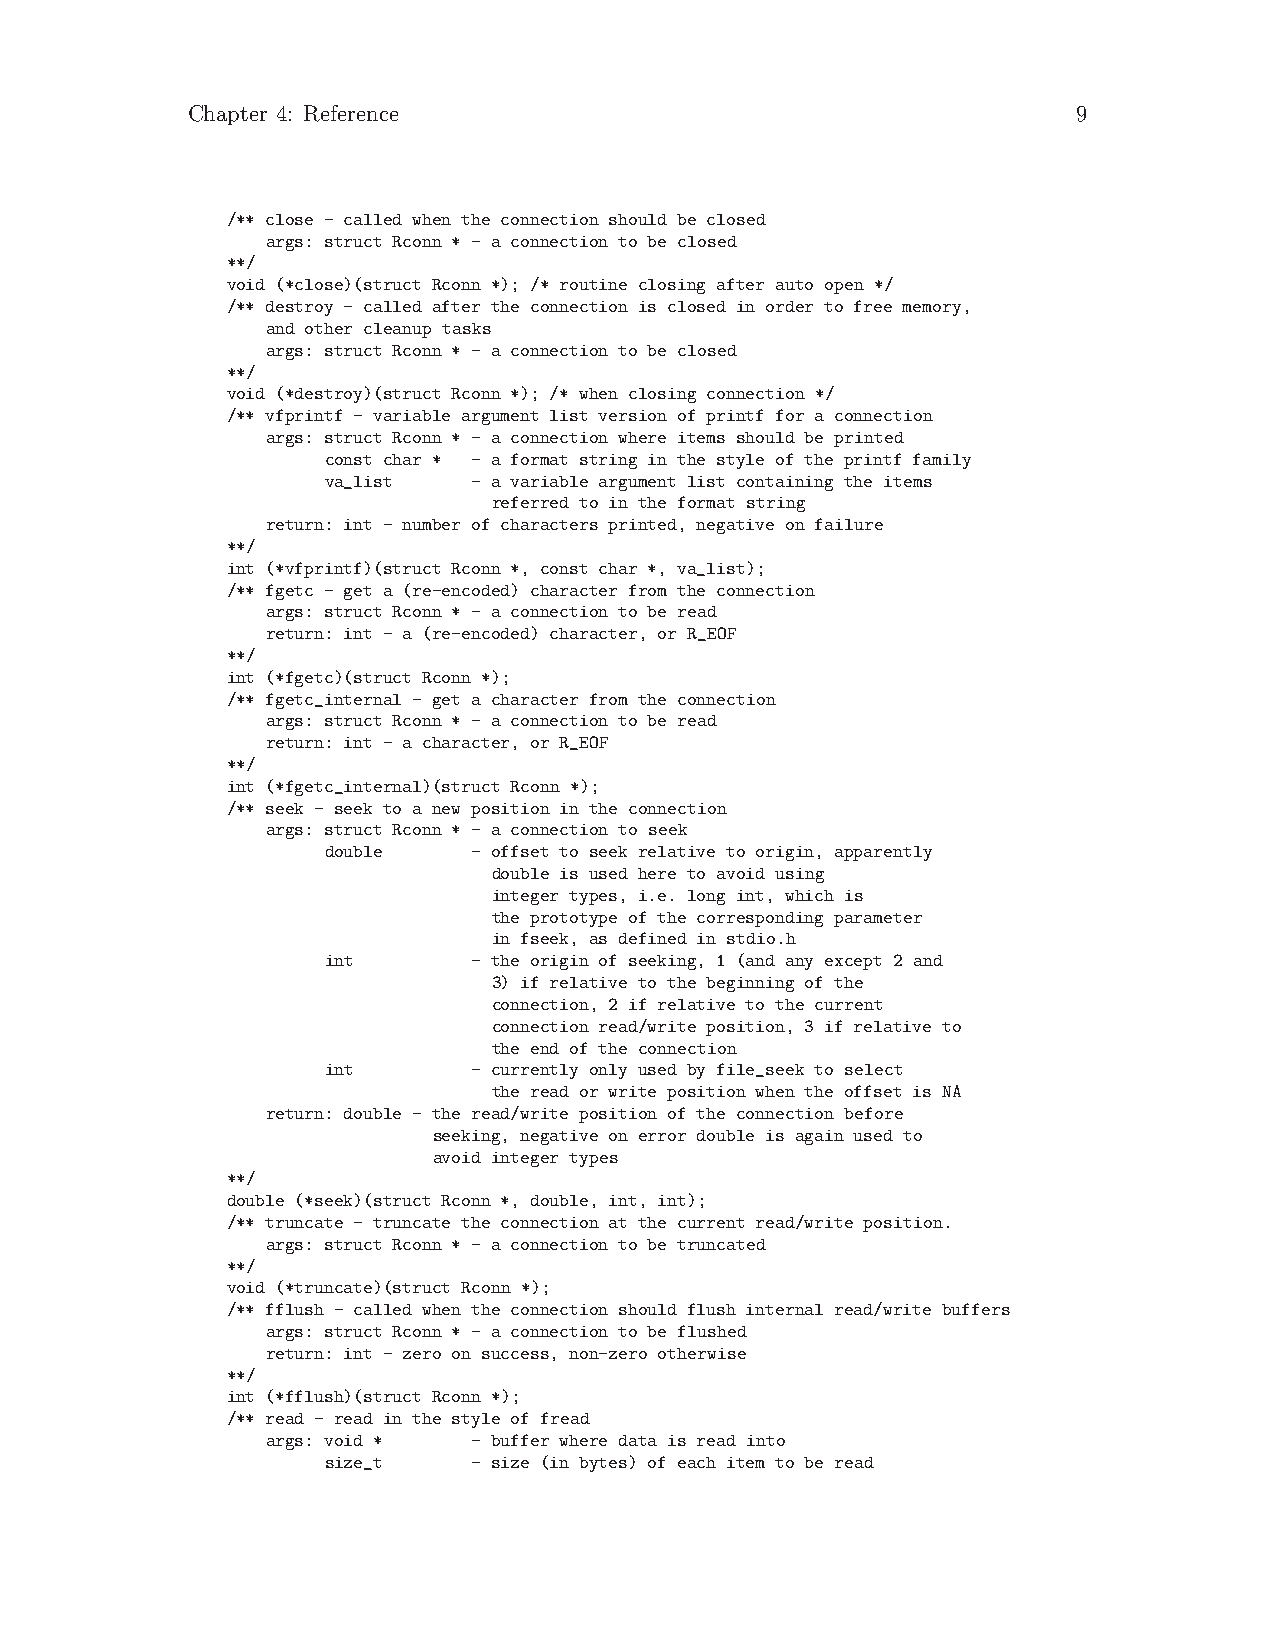
Chapter 4: Reference                                       9
 /** close - called when the connection should be closed
 args: struct Rconn * - a connection to be closed
 **/
 void (*close)(struct Rconn *); /* routine closing after auto open */
 /** destroy - called after the connection is closed in order to free memory,
 and other cleanup tasks
 args: struct Rconn * - a connection to be closed
 **/
 void (*destroy)(struct Rconn *); /* when closing connection */
 /** vfprintf - variable argument list version of printf for a connection
 args: struct Rconn * - a connection where items should be printed
 const char * - a format string in the style of the printf family
 va_list  - a variable argument list containing the items
 referred to in the format string
 return: int - number of characters printed, negative on failure
 **/
 int (*vfprintf)(struct Rconn *, const char *, va_list);
 /** fgetc - get a (re-encoded) character from the connection
 args: struct Rconn * - a connection to be read
 return: int - a (re-encoded) character, or R_EOF
 **/
 int (*fgetc)(struct Rconn *);
 /** fgetc_internal - get a character from the connection
 args: struct Rconn * - a connection to be read
 return: int - a character, or R_EOF
 **/
 int (*fgetc_internal)(struct Rconn *);
 /** seek - seek to a new position in the connection
 args: struct Rconn * - a connection to seek
 double   - offset to seek relative to origin, apparently
 double is used here to avoid using
 integer types, i.e. long int, which is
 the prototype of the corresponding parameter
 in fseek, as defined in stdio.h
 int      - the origin of seeking, 1 (and any except 2 and
 3) if relative to the beginning of the
 connection, 2 if relative to the current
 connection read/write position, 3 if relative to
 the end of the connection
 int      - currently only used by file_seek to select
 the read or write position when the offset is NA
 return: double - the read/write position of the connection before
 seeking, negative on error double is again used to
 avoid integer types
 **/
 double (*seek)(struct Rconn *, double, int, int);
 /** truncate - truncate the connection at the current read/write position.
 args: struct Rconn * - a connection to be truncated
 **/
 void (*truncate)(struct Rconn *);
 /** fflush - called when the connection should flush internal read/write buffers
 args: struct Rconn * - a connection to be flushed
 return: int - zero on success, non-zero otherwise
 **/
 int (*fflush)(struct Rconn *);
 /** read - read in the style of fread
 args: void * - buffer where data is read into
 size_t   - size (in bytes) of each item to be read